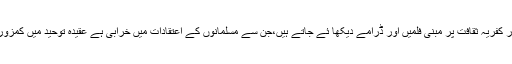
ٹی وی پر غیر مسلموں کی تہذیب،ان کے رسم ورواج اور کفریہ ثقافت پر مبنی فلمیں اور ڈرامے دیکھا ئے جاتے ہیں،جن سے مسلمانوں کے اعتقادات میں خرابی ہے عقیدہ توحید میں کمزوری اور ری برتھ کے عقیدہ پر یقین پیدا ہوتا چلا جاتاہے ۔